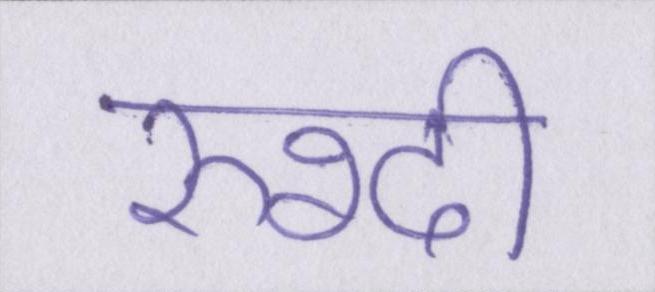
रुश्दी